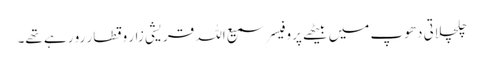
چلچلاتی دھوپ میں بیٹھے پروفیسر سمیع اللہ قریشی زار و قطار رو رہے تھے۔